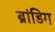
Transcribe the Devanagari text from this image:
ब्रांडिग